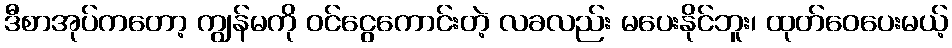
ဒီစာအုပ်ကတော့ ကျွန်မကို ဝင်ငွေကောင်းတဲ့ လခလည်း မပေးနိုင်ဘူး၊ ထုတ်ဝေပေးမယ့်